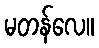
မတန်လေ။